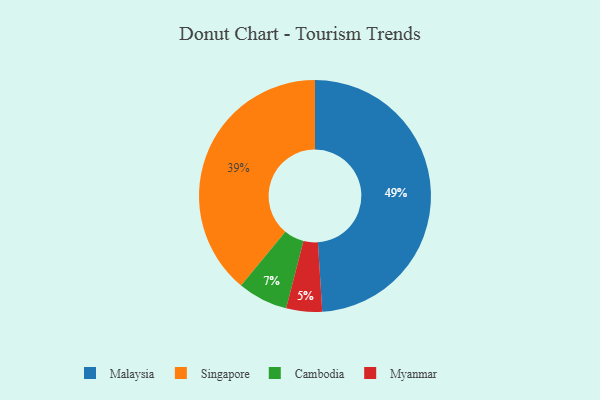
{"axis": {"x": "Category", "y": "Percentage"}, "legend": ["Cambodia", "Malaysia", "Myanmar", "Singapore"], "data": [{"x": "Malaysia", "y": 49, "type": "Malaysia"}, {"x": "Cambodia", "y": 7, "type": "Cambodia"}, {"x": "Singapore", "y": 39, "type": "Singapore"}, {"x": "Myanmar", "y": 5, "type": "Myanmar"}]}